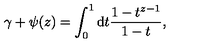
\gamma + \psi ( z ) = \int _ { 0 } ^ { 1 } \mathrm { d } t \frac { 1 - t ^ { z - 1 } } { 1 - t } ,